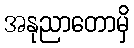
အနုညာတောမှိ